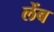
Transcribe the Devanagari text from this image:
लेंब